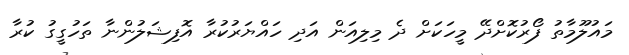
މައުލޫމާތު ފޯރުކޮށްދޭ މީހަކަށް ދެ މިލިއަން އަދި ހައްޔަރުކުރާ އޮފިޝަލުންނާ ތަހުގީގު ކުރާ